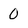
Character: 0